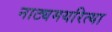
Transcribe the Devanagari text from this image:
नाट्यमयरित्या